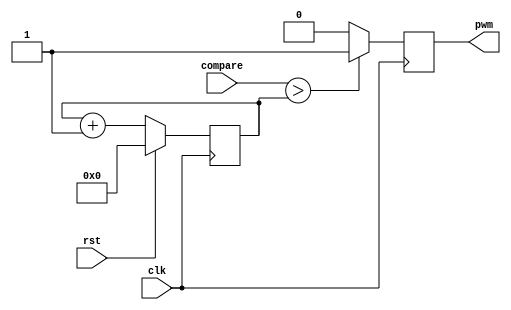
`timescale 1ns / 1ps
//////////////////////////////////////////////////////////////////////////////////
// Company: 
// 
// Design Name: 
// Module Name:    pwm 
// Project Name: Pulse-Width Modulation
// Target Devices: Spartan-6 XC6SLX9
// Tool versions: 
// Description: 
//
// Dependencies: 
//
// Revision: 
// Revision 0.01 - File Created
// Additional Comments: 
//
//////////////////////////////////////////////////////////////////////////////////
module pwm #( parameter CTR_LEN = 8 ) (
	input clk,
	input rst,
	input [CTR_LEN - 1 : 0] compare,
	output pwm
    );
	 
reg pwm_d, pwm_q;
reg [CTR_LEN - 1 : 0] ctr_d, ctr_q;
assign pwm = pwm_q;

always @(*) begin
	ctr_d = ctr_q + 1'b1;
	
	if(compare > ctr_q) begin
		pwm_d = 1'b1;
	end else begin
		pwm_d = 1'b0;
	end
end

always @(posedge clk) begin
	if(rst) begin
		ctr_q <= 1'b0;
	end else begin
		ctr_q <= ctr_d;
	end
	
	pwm_q <= pwm_d;
end


endmodule